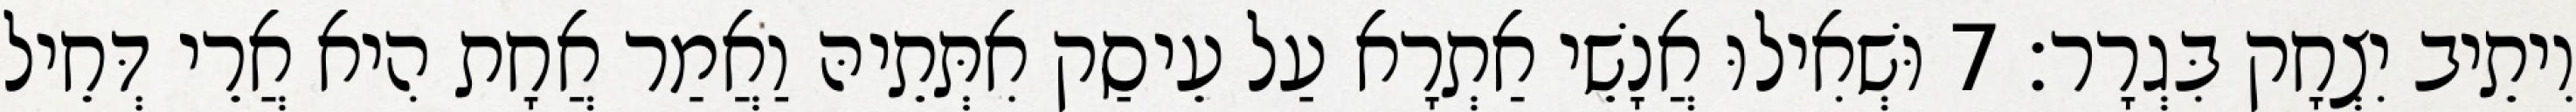
וִיתֵיב יִצְחָק בִּגְרָר׃ 7 וּשְׁאִילוּ אֲנָשֵׁי אַתְרָא עַל עֵיסַק אִתְּתֵיהּ וַאֲמַר אֲחָת הִיא אֲרֵי דְּחֵיל